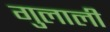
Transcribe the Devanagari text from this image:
गुलाली